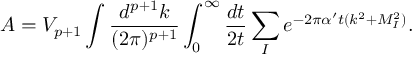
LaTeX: { \cal A } = V _ { p + 1 } \int \frac { d ^ { p + 1 } k } { ( 2 \pi ) ^ { p + 1 } } \int _ { 0 } ^ { \infty } { \frac { d t } { 2 t } } \sum _ { I } e ^ { - 2 \pi { \alpha ^ { \prime } } t ( k ^ { 2 } + M _ { I } ^ { 2 } ) } .